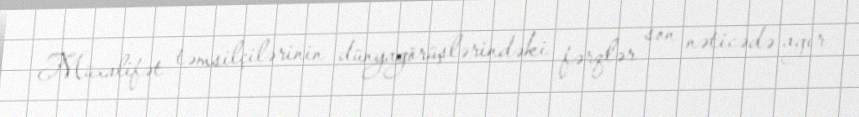
Müxalifət təmsilçilərinin dünyagörüşlərindəki fərqlər son nəticədə ağır